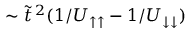
\sim \tilde { t } \, ^ { 2 } ( 1 / U _ { \uparrow \uparrow } - 1 / U _ { \downarrow \downarrow } )